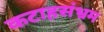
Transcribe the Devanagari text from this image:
कटाहसंभ्रम